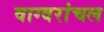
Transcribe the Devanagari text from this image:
वाग्वरांचल